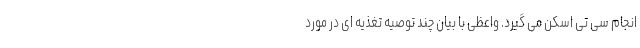
انجام سی تی اسکن می گیرد. واعظی با بیان چند توصیه تغذیه ای در مورد